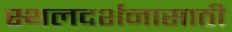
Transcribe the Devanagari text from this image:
स्थलदर्शनासाठी